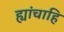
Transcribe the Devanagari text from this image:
ह्यांचाहि